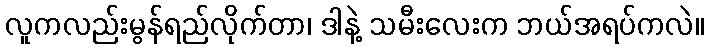
လူကလည်းမွန်ရည်လိုက်တာ၊ ဒါနဲ့ သမီးလေးက ဘယ်အရပ်ကလဲ။